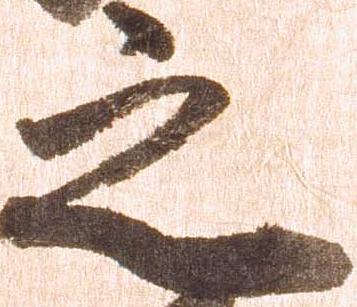
之